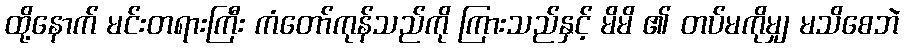
ထို့နောက် မင်းတရားကြီး ကံတော်ကုန်သည်ကို ကြားသည်နှင့် မိမိ ၏ တပ်မကိုမျှ မသိစေဘဲ